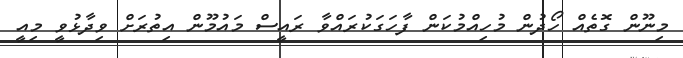
މިނޫން ގޮތެއް ހޯދުން މުހިއްމުކަން ފާހަގަކުރައްވާ ރައީސް މައުމޫން އިތުރަށް ވިދާޅުވީ މިއީ